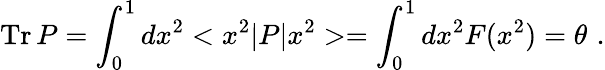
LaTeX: \mathrm{Tr}\, P=\int_{0}^{1}dx^{2}<x^{2}|P|x^{2}>=\int_{0}^{1}dx^{2}F(x^{2})=\theta\, \, .